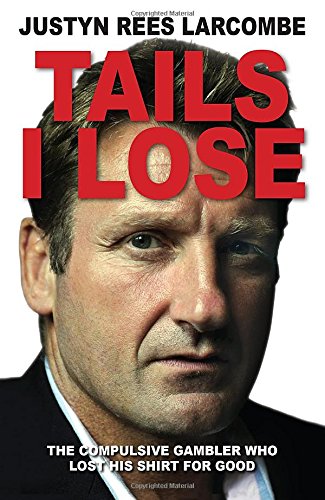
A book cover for Tails I Lose: The Compulsive Gambler Who Lost His Shirt For Good; Justyn Rees Larcombe; Health, Fitness & Dieting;